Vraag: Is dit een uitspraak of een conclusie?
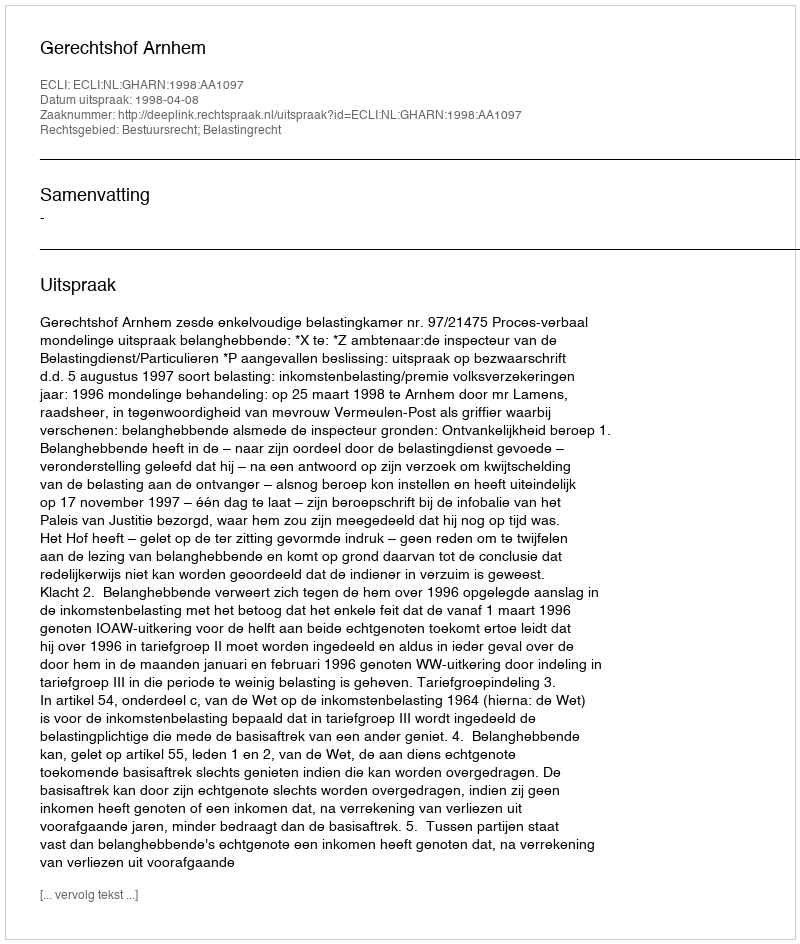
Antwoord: Uitspraak